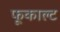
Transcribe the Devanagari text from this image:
फूकाल्ट